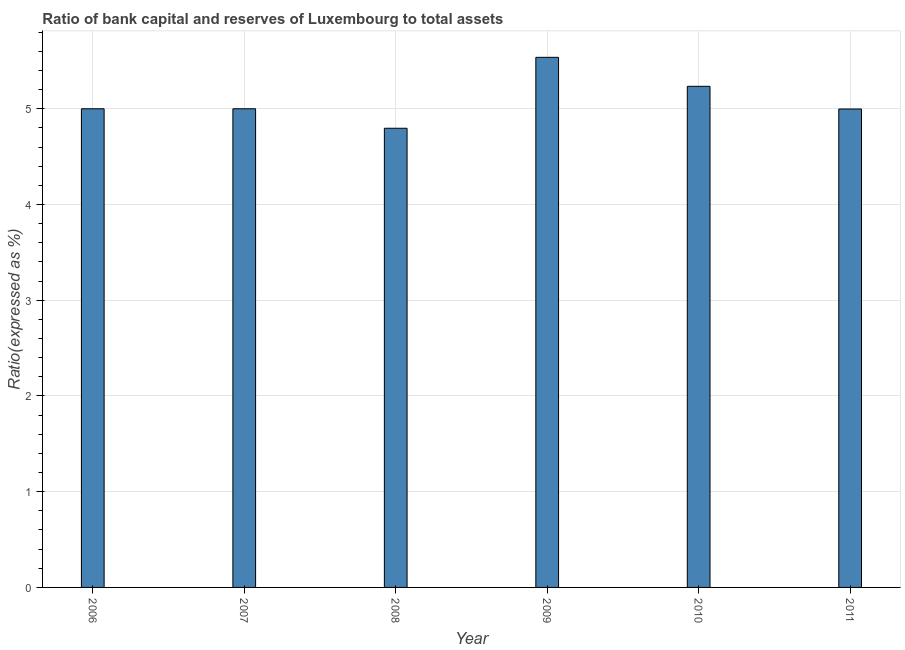
| Year | Bank capital to assets ratio |
 | --- | --- |
 | 2006 | 5 |
 | 2007 | 5 |
 | 2008 | 4.8 |
 | 2009 | 5.54 |
 | 2010 | 5.23 |
 | 2011 | 5 |